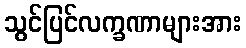
သွင်ပြင်လက္ခဏာများအား